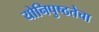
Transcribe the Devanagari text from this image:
योनिपुष्ठतेचा